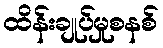
ထိန်းချုပ်မှုစနစ်